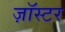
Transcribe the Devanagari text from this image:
ज़ॉस्टर